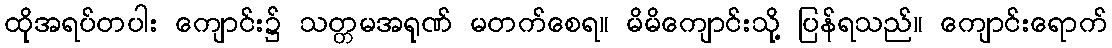
ထိုအရပ်တပါး ကျောင်း၌ သတ္တမအရုဏ် မတက်စေရ။ မိမိကျောင်းသို့ ပြန်ရသည်။ ကျောင်းရောက်